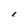
Character: c